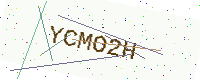
Text: YCMO2H